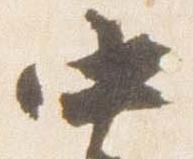
中